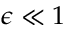
\epsilon \ll 1